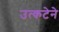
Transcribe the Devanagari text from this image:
उत्कटेने